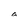
Character: a